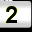
Digit: 2